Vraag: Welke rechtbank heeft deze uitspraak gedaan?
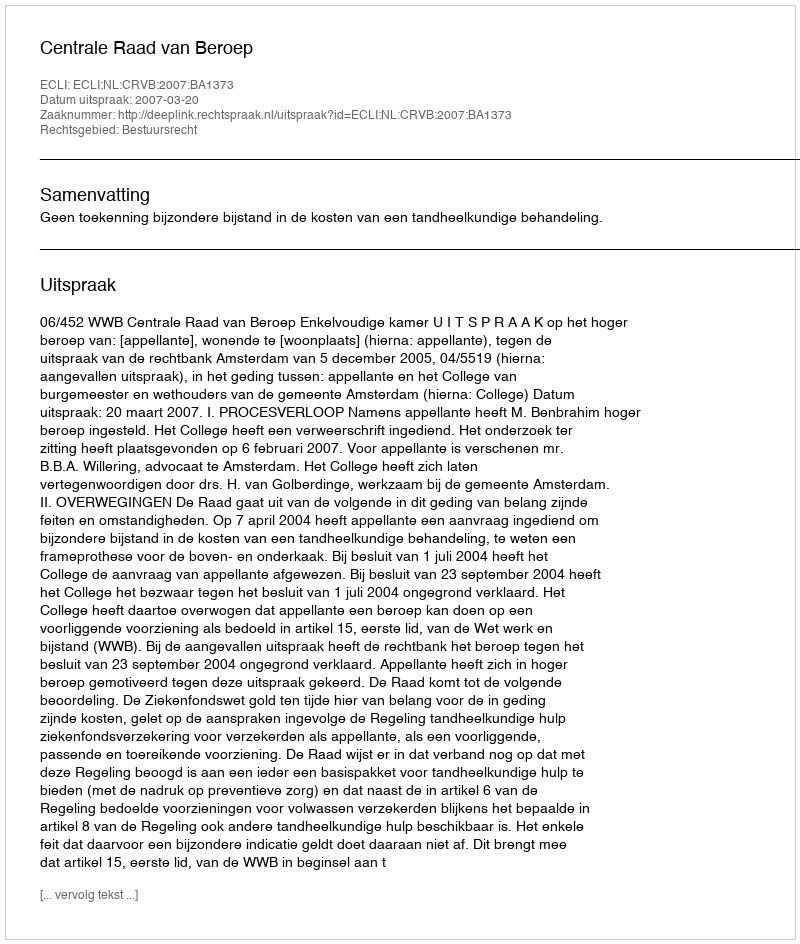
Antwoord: Centrale Raad van Beroep